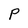
Character: P